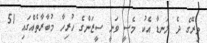
މިރޭގެ ދެ ލަނޑާ އެކު މެސީ ވަނީ ސީޒަންގެ ހުރިހާ މުބާރާތެއްގައި 51